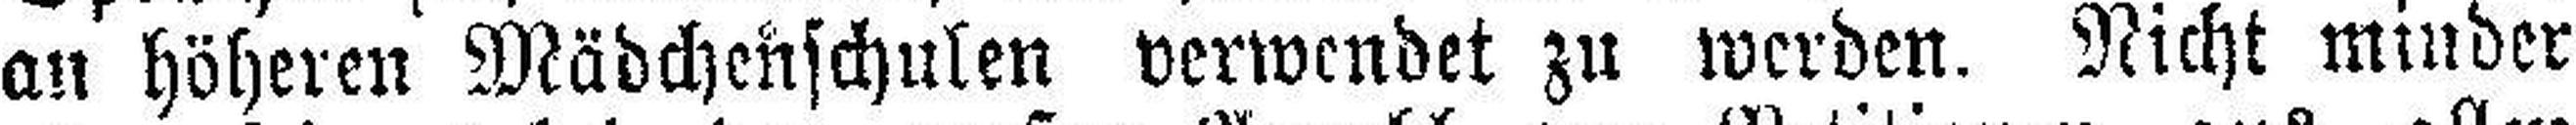
an höheren Mädchenschulen verwendet zu werden. Nicht minder